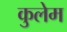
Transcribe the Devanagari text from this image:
कुलेम